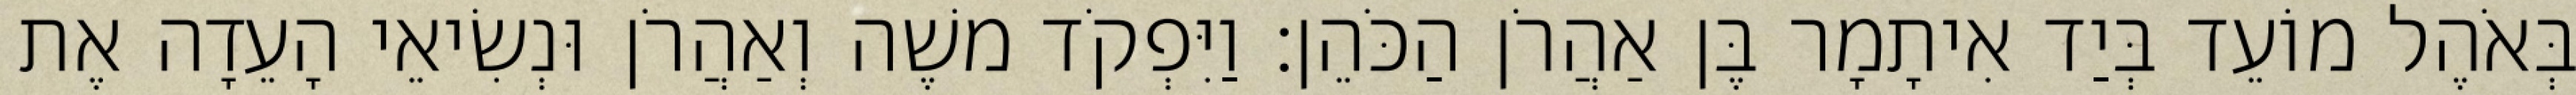
בְּאֹהֶל מוֹעֵד בְּיַד אִיתָמָר בֶּן אַהֲרֹן הַכֹּהֵן׃ וַיִּפְקֹד משֶׁה וְאַהֲרֹן וּנְשִׂיאֵי הָעֵדָה אֶת